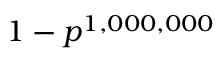
1 - p ^ { 1 , 0 0 0 , 0 0 0 }